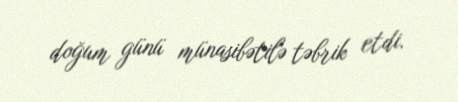
doğum günü münasibətilə təbrik etdi.